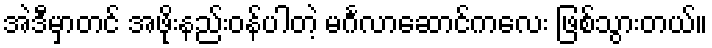
အဲဒီမှာတင် အဖိုးနည်းဝန်ပါတဲ့ မင်္ဂလာဆောင်ကလေး ဖြစ်သွားတယ်။